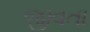
જીવતા